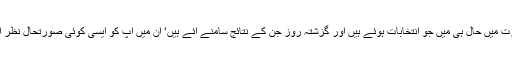
بھارت میں حال ہی میں جو انتخابات ہوئے ہیں اور گزشتہ روز جن کے نتائج سامنے آئے ہیں‘ ان میں آپ کو ایسی کوئی صورتحال نظر آئی؟